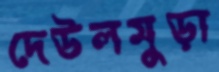
দেউলমুড়া